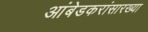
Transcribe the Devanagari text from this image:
आंबेडकरांसारख्या